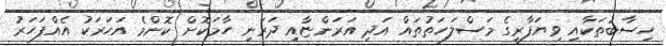
ހިސާބުތަކާއި ވިޔަފާރީގެ މަސްލަހަތުތައް އަދި އަރަންޏާއި ދަރަނި ހާމަކޮށް ކޮންމެ އަހަރަކު އެއްފަހަރު